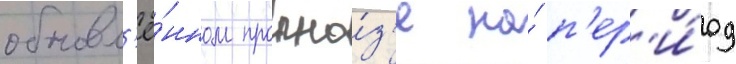
обновл'ё́нном прогно́з'е на́ п'ер'и́од